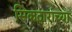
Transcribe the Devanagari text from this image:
सिकदारांच्या